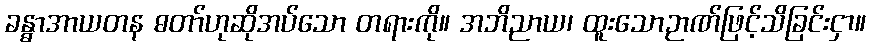
ခန္ဓာအာယတန ဓတာ်ဟုဆိုအပ်သော တရားကို။ အဘိညာယ၊ ထူးသောဉာဏ်ဖြင့်သိခြင်းငှာ။